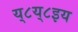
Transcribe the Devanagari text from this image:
य्८य्८इय